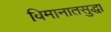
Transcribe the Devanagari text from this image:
विमानातसुद्धा